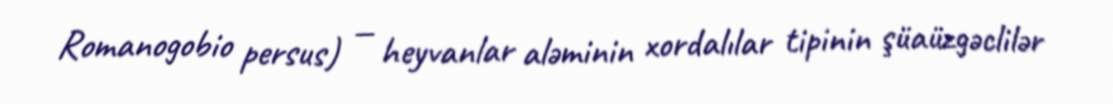
Romanogobio persus) — heyvanlar aləminin xordalılar tipinin şüaüzgəclilər